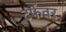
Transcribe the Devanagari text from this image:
टर्फवर